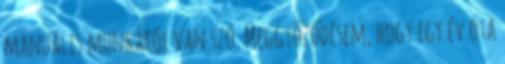
manuális munkáról van szó. Meggyőződésem, hogy egy év óta